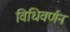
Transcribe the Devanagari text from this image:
विधिवर्णन